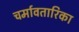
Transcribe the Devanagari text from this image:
चर्मावतारिका